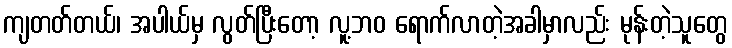
ကျတတ်တယ်၊ အပါယ်မှ လွတ်ပြီးတော့ လူ့ဘဝ ရောက်လာတဲ့အခါမှာလည်း မုန်းတဲ့သူတွေ